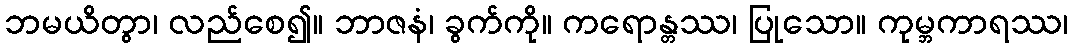
ဘမယိတွာ၊ လည်စေ၍။ ဘာဇနံ၊ ခွက်ကို။ ကရောန္တဿ၊ ပြုသော။ ကုမ္ဘကာရဿ၊